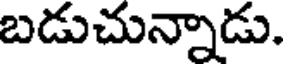
బడుచున్నాడు.